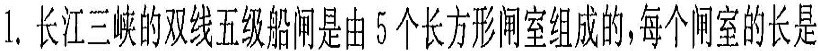
1.长江三峡的双线五级船闸是由5个长方形闸室组成的，每个闸室的长是